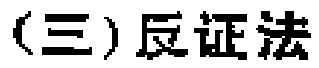
(三)反证法